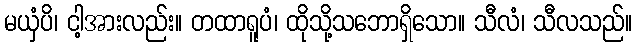
မယှံပိ၊ ငါ့အားလည်း။ တထာရူပံ၊ ထိုသို့သဘောရှိသော။ သီလံ၊ သီလသည်။